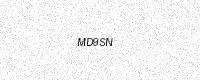
Text: MD9SN